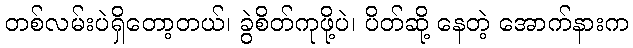
တစ်လမ်းပဲရှိတော့တယ်၊ ခွဲစိတ်ကုဖို့ပဲ၊ ပိတ်ဆို့ နေတဲ့ အောက်နားက